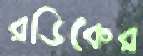
রডিকের